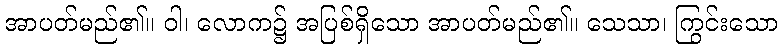
အာပတ်မည်၏။ ဝါ၊ လောက၌ အပြစ်ရှိသော အာပတ်မည်၏။ သေသာ၊ ကြွင်းသော